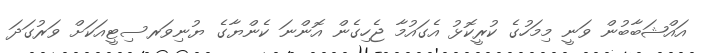
އައްޝަބާބުން ވަނީ މިމަހުގެ ކުރީކޮޅު އެގައުމާ ޖެހިގެން އޮންނަ ކެންޔާގެ ޔުނިވަރސިޓީއަކަށް ވަރުގަދަ